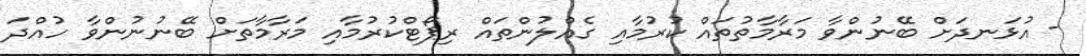
- އުޅަނދަށް ބޭނުންވާ މަރާމާތުތައް ކުރުމާއި ގެއްލުންތައް ރިޕޯޓްކުރުމާއި މަރާމާތަށް ބޭނުނުންވާ ހުއްދަ